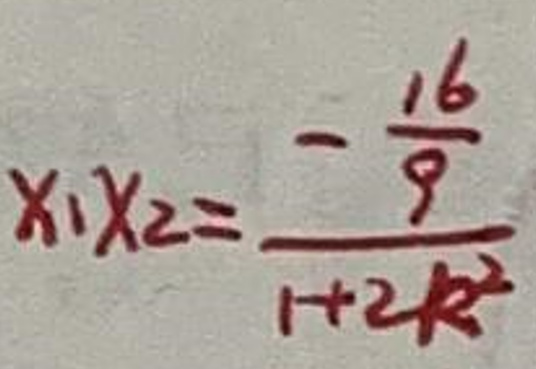
$x _ { 1 } x _ { 2 } = \frac { - \frac { 1 6 } { 8 } } { 1 + 2 k ^ { 2 } }$